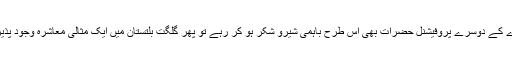
کاش کہ معاشرے کے دوسرے پروفیشنل حضرات بھی اس طرح باہمی شیرو شکر ہو کر رہے تو پھر گلگت بلتستان میں ایک مثالی معاشرہ وجود پذیر میں آسکتا ہے۔